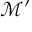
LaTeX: { \mathcal { M } } ^ { \prime }